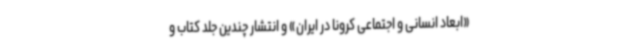
«ابعاد انسانی و اجتماعی کرونا در ایران» و انتشار چندین جلد کتاب و